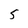
Character: 5